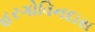
હરગોવિનદાસ